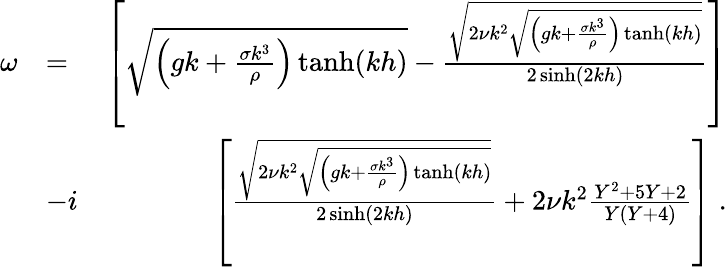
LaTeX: \begin{array}{rlr}{\omega}&{=}&{\left[\sqrt{\left(gk+\frac{\sigma k^{3}}{\rho}\right)\operatorname{tanh}(kh)}-\frac{\sqrt{2\nu k^{2}\sqrt{\left(gk+\frac{\sigma k^{3}}{\rho}\right)\operatorname{tanh}(kh)}}}{2\sinh(2kh)}\right]}\\ &{-i}&{\left[\frac{\sqrt{2\nu k^{2}\sqrt{\left(gk+\frac{\sigma k^{3}}{\rho}\right)\operatorname{tanh}(kh)}}}{2\sinh(2kh)}+2\nu k^{2}\frac{Y^{2}+5Y+2}{Y(Y+4)}\right]\; .}\end{array}